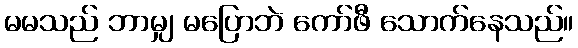
မမသည် ဘာမျှ မပြောဘဲ ကော်ဖီ သောက်နေသည်။